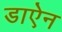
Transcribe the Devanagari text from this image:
डाऐन